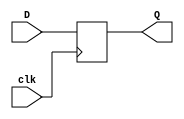

module DFF
        (input clk,
        input [7:0] D,
        output reg [7:0] Q
        );

always@ (posedge clk)
        Q = D;
endmodule